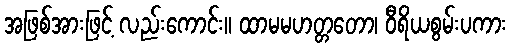
အဖြစ်အားဖြင့် လည်းကောင်း။ ထာမမဟတ္တတော၊ ဝီရိယစွမ်းပကား